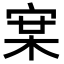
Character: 𭓵